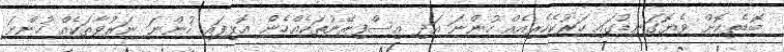
ބޮޑެތިކޮށް ވެޔޮގަނޑުގައި ހަރުކެހެރިއެއް ހުންނަ އަދި އިސްފިރޭނުތަކެއްހެން އޮޅިފައި ހުންނަ ނަރުވާތަކެއް ހުންނަ